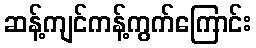
ဆန့်ကျင်ကန့်ကွက်ကြောင်း